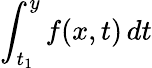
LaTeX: \int_{t_{1}}^{y}f(x,t)\, dt